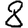
Digit: 8